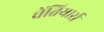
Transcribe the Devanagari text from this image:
चेंतियार्स